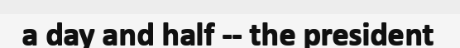
a day and half -- the president